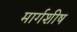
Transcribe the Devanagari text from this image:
मार्गशीष